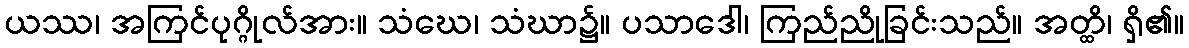
ယဿ၊ အကြင်ပုဂ္ဂိုလ်အား။ သံဃေ၊ သံဃာ၌။ ပသာဒေါ၊ ကြည်ညိုခြင်းသည်။ အတ္ထိ၊ ရှိ၏။